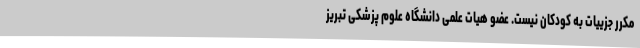
مکرر جزییات به کودکان نیست. عضو هیات علمی دانشگاه علوم پزشکی تبریز